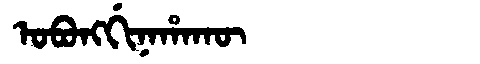
Manchu: ᠣᠪᠣᠩᡤᡳᠨᠠᡥᠠᡴᡡ
Romanization: OBONGGINAHAKŪ